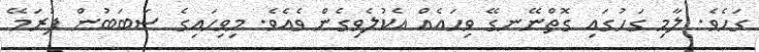
ގަހެވެ. ލާމި ގަހުގައި ގޮތްނޭނގޭ ވިހައެއް އެކުލެވިގެން ވެއެވެ. މިވިހައިގެ ސަބަބުން ފުރަމޭ